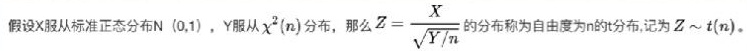
假设$X$服从标准正态分布$N(0,1)$，$Y$服从$\chi^{2}(n)$分布，那么$Z = \frac{X}{\sqrt{Y/n}}$的分布称为自由度为$n$的$t$分布,记为$Z\sim t(n)$。